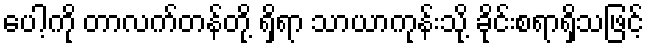
ပေါ့ကို တာလက်တန်တို့ ရှိရာ သာယာကုန်းသို့ ခိုင်းစရာရှိသဖြင့်